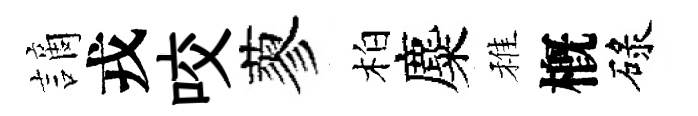
謫戎咬蓼柏麋稚槪碌